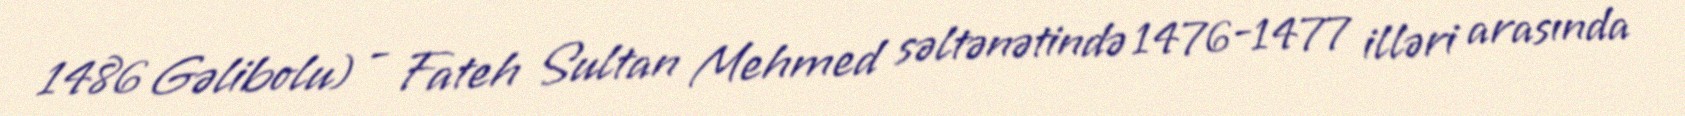
1486 Gəlibolu) - Fateh Sultan Mehmed səltənətində 1476-1477 illəri arasında